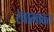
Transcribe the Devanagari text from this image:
स्वाभावत